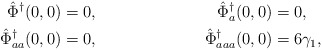
\begin{align*} \hat\Phi^\dagger(0,0)&=0, &\hat\Phi^\dagger_a(0,0)&=0,\\ \hat\Phi^\dagger_{aa}(0,0)&=0, &\hat\Phi^\dagger_{aaa}(0,0)&=6\gamma_1,\end{align*}